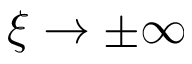
\xi \rightarrow \pm \infty